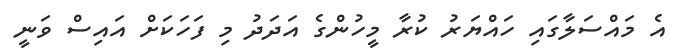
އެ މައްސަލާގައި ހައްޔަރު ކުރާ މީހުންގެ އަދަދު މި ފަހަކަށް އައިސް ވަނީ